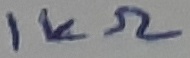
Text: 1KΩ